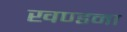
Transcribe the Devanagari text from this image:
खण्डना